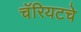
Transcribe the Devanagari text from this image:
चॅरियटचे